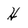
Character: H